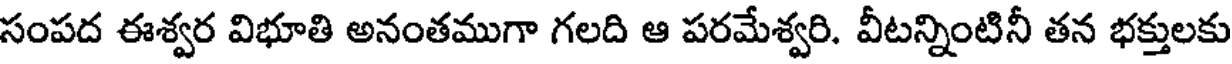
సంపద ఈశ్వర విభూతి అనంతముగా గలది ఆ పరమేశ్వరి. వీటన్నింటినీ తన భక్తులకు